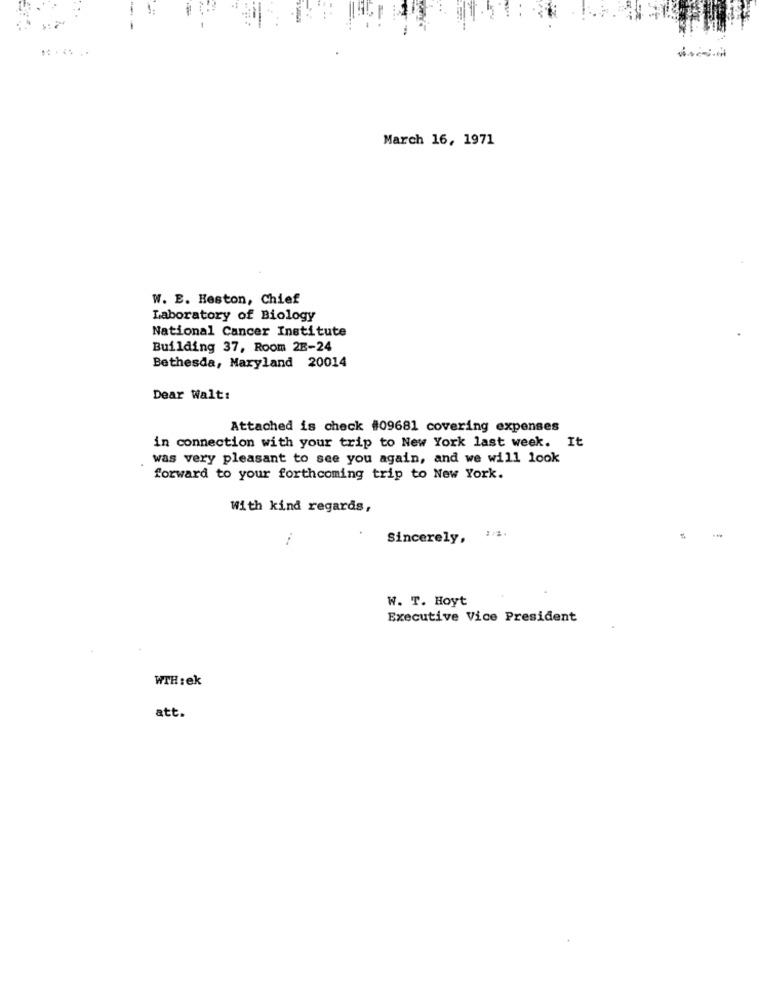
March 16, 1971
W. E. Heston, Chief
Laboratory of Biology
National Cancer Institute
Building 37, Room 2E-24
Bethesda, Maryland 20014
Dear Walt:
Attached is check #09681 covering expenses
in connection with your trip to New York last week. It
was very pleasant to see you again, and we will look
forward to your forthcoming trip to New York.
With kind regards,
--
Sincerely,
W. T. Hoyt
Executive Vice President
WTH :ek
att.